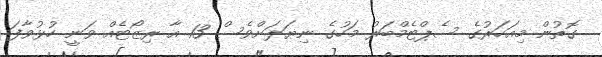
ގޮތުން މިއަހަރުގެ ސެޕްޓެމްބަރު މަހުގެ ނިޔަލަށްވެސް 13 އާ ރިޒޯޓެއް ވަނީ ހުޅުވާފަ